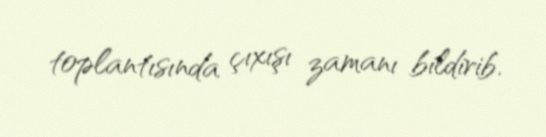
toplantısında çıxışı zamanı bildirib.